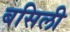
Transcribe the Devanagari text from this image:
बसिली